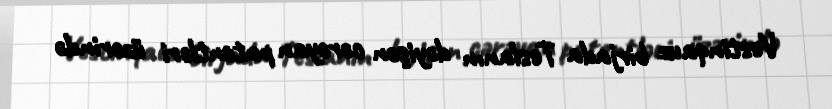
Vestinqauz birjada Teslanın dəyişən cərəyan patentləri üzərində